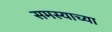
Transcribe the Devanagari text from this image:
समस्याच्या